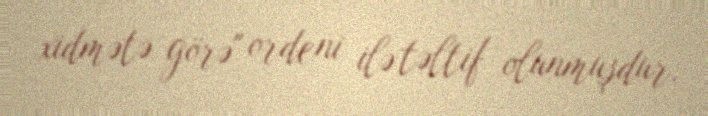
xidmətə görə" ordeni ilə təltif olunmuşdur.